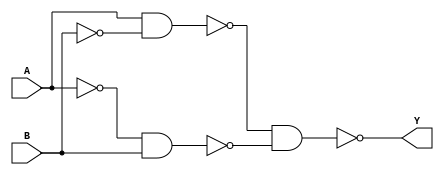
module xor_gate (
    input A,
    input B,
    output Y
);

wire A_bar, B_bar, out_and1, out_and2, final_out;

// Inverter blocks
not #1 (A_bar, A);
not #1 (B_bar, B);

// First NAND gate
nand #1 (out_and1, A, B_bar);

// Second NAND gate
nand #1 (out_and2, A_bar, B);

// Final XOR output
nand #1 (final_out, out_and1, out_and2);

assign Y = final_out;

endmodule